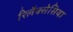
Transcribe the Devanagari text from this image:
रिलैक्सेसिया